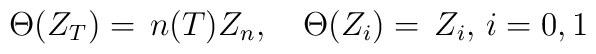
\Theta (Z_T)= \,  n(T) Z_n , \quad \Theta (Z_i)= \,  Z_i , \, i=0,1